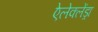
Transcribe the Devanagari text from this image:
ऐलेक्लेंड्रा